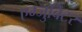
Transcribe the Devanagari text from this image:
एग्जुबिटर